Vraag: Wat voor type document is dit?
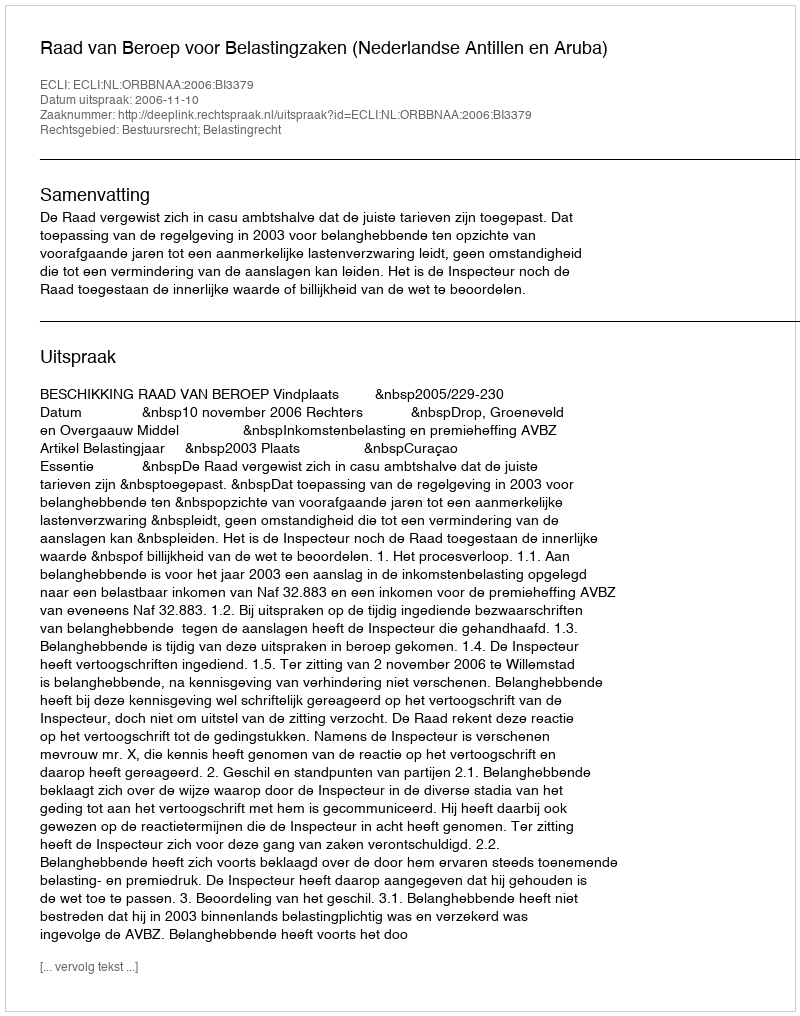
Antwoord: Uitspraak